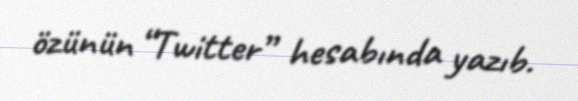
özünün “Twitter” hesabında yazıb.